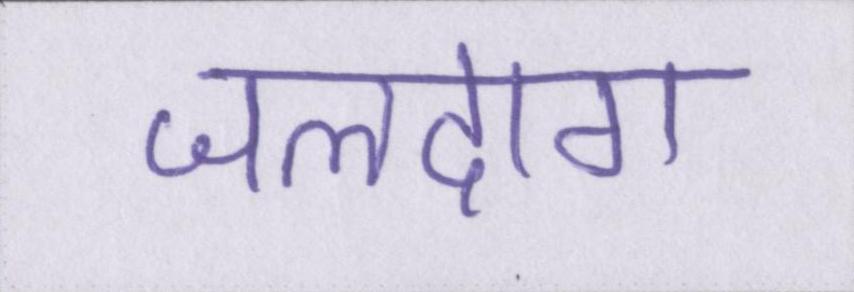
जलदाग